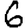
Digit: 6